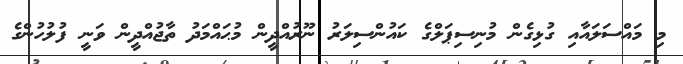
މި މައްސަލައާއި ގުޅިގެން މުނިސިިޕަލްގެ ކައުންސިލަރު ނޫރުއްދީން މުޙައްމަދު ތާޖުއްދީން ވަނީ ފުލުހުންގެ